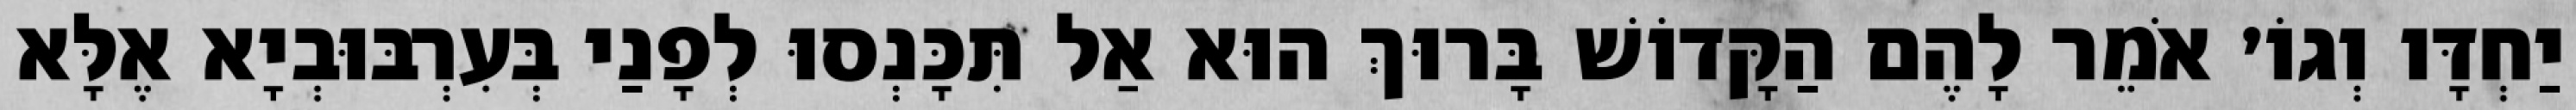
יַחְדָּו וְגוֹ׳ אֹמֵר לָהֶם הַקָּדוֹשׁ בָּרוּךְ הוּא אַל תִּכָּנְסוּ לְפָנַי בְּעִרְבּוּבְיָא אֶלָּא